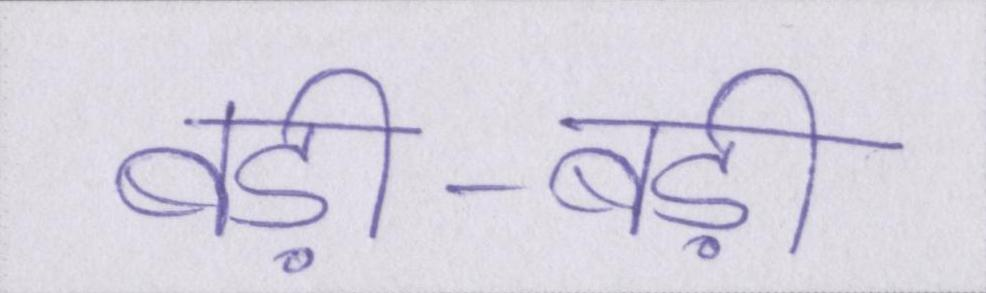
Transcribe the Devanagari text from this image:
बड़ी-बड़ी